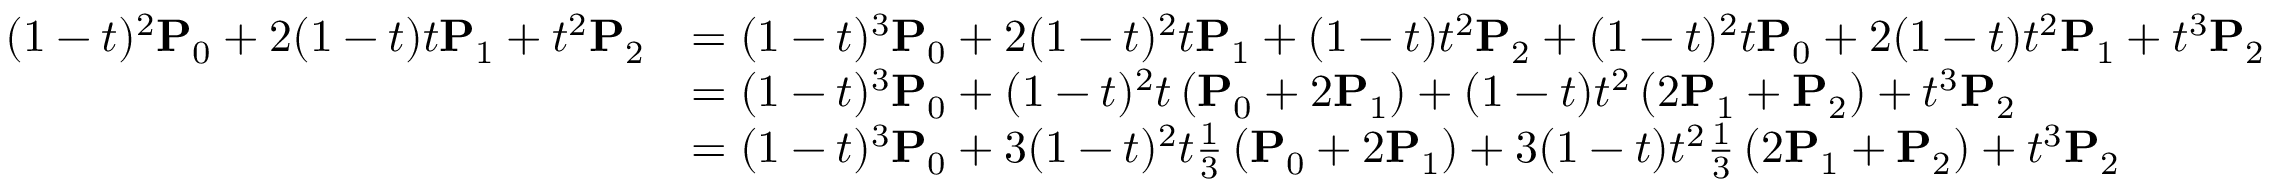
{ \begin{array} { r l } { ( 1 - t ) ^ { 2 } \mathbf { P } _ { 0 } + 2 ( 1 - t ) t \mathbf { P } _ { 1 } + t ^ { 2 } \mathbf { P } _ { 2 } } & { = ( 1 - t ) ^ { 3 } \mathbf { P } _ { 0 } + 2 ( 1 - t ) ^ { 2 } t \mathbf { P } _ { 1 } + ( 1 - t ) t ^ { 2 } \mathbf { P } _ { 2 } + ( 1 - t ) ^ { 2 } t \mathbf { P } _ { 0 } + 2 ( 1 - t ) t ^ { 2 } \mathbf { P } _ { 1 } + t ^ { 3 } \mathbf { P } _ { 2 } } \\ & { = ( 1 - t ) ^ { 3 } \mathbf { P } _ { 0 } + ( 1 - t ) ^ { 2 } t \left( \mathbf { P } _ { 0 } + 2 \mathbf { P } _ { 1 } \right) + ( 1 - t ) t ^ { 2 } \left( 2 \mathbf { P } _ { 1 } + \mathbf { P } _ { 2 } \right) + t ^ { 3 } \mathbf { P } _ { 2 } } \\ & { = ( 1 - t ) ^ { 3 } \mathbf { P } _ { 0 } + 3 ( 1 - t ) ^ { 2 } t { \frac { 1 } { 3 } } \left( \mathbf { P } _ { 0 } + 2 \mathbf { P } _ { 1 } \right) + 3 ( 1 - t ) t ^ { 2 } { \frac { 1 } { 3 } } \left( 2 \mathbf { P } _ { 1 } + \mathbf { P } _ { 2 } \right) + t ^ { 3 } \mathbf { P } _ { 2 } } \end{array} }